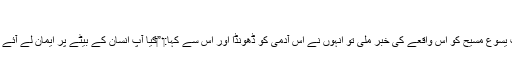
‏
جب یسوع مسیح کو اِس واقعے کی خبر ملی تو اُنہوں نے اُس آدمی کو ڈھونڈا اور اُس سے کہا:‏ ”‏کیا آپ اِنسان کے بیٹے پر ایمان لے آئے ہیں؟